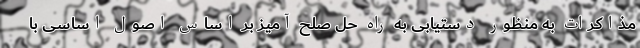
مذاکرات به منظور دستیابی به راه حل صلح آمیز بر اساس اصول اساسی با